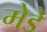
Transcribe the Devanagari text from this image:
मेडे